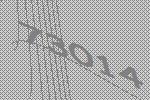
73014